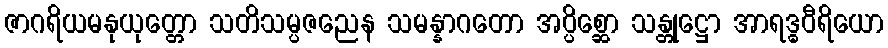
ဇာဂရိယမနုယုတ္တော သတိသမ္ပဇညေန သမန္နာဂတော အပ္ပိစ္ဆော သန္တုဋ္ဌော အာရဒ္ဓဝီရိယော